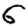
Digit: 6